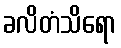
ခလိတံသိရော